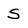
Character: S